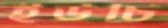
ইউচি